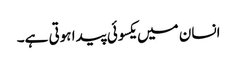
انسان میں یکسوئی پیدا ہوتی ہے۔